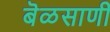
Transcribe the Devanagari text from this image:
बॆळसाणी